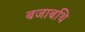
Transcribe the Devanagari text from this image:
बजाबथि